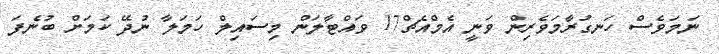
ނަމަވެސް ހަނގުރާމަވެރިން ވަނީ އެމްއެޗް17 ވައްޓާލަން މިސައިލް ހަމަލާ ނުދޭ ކަމަށް ބުނެފަ